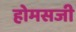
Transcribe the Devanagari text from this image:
होमसजी